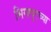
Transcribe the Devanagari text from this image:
सिगापूरच्या